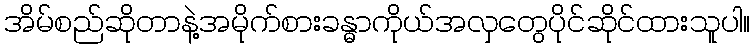
အိမ်စည်ဆိုတာနဲ့အမိုက်စားခန္ဓာကိုယ်အလှတွေပိုင်ဆိုင်ထားသူပါ။